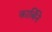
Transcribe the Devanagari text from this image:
कार्बिने